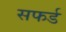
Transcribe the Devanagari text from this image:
सफर्ड